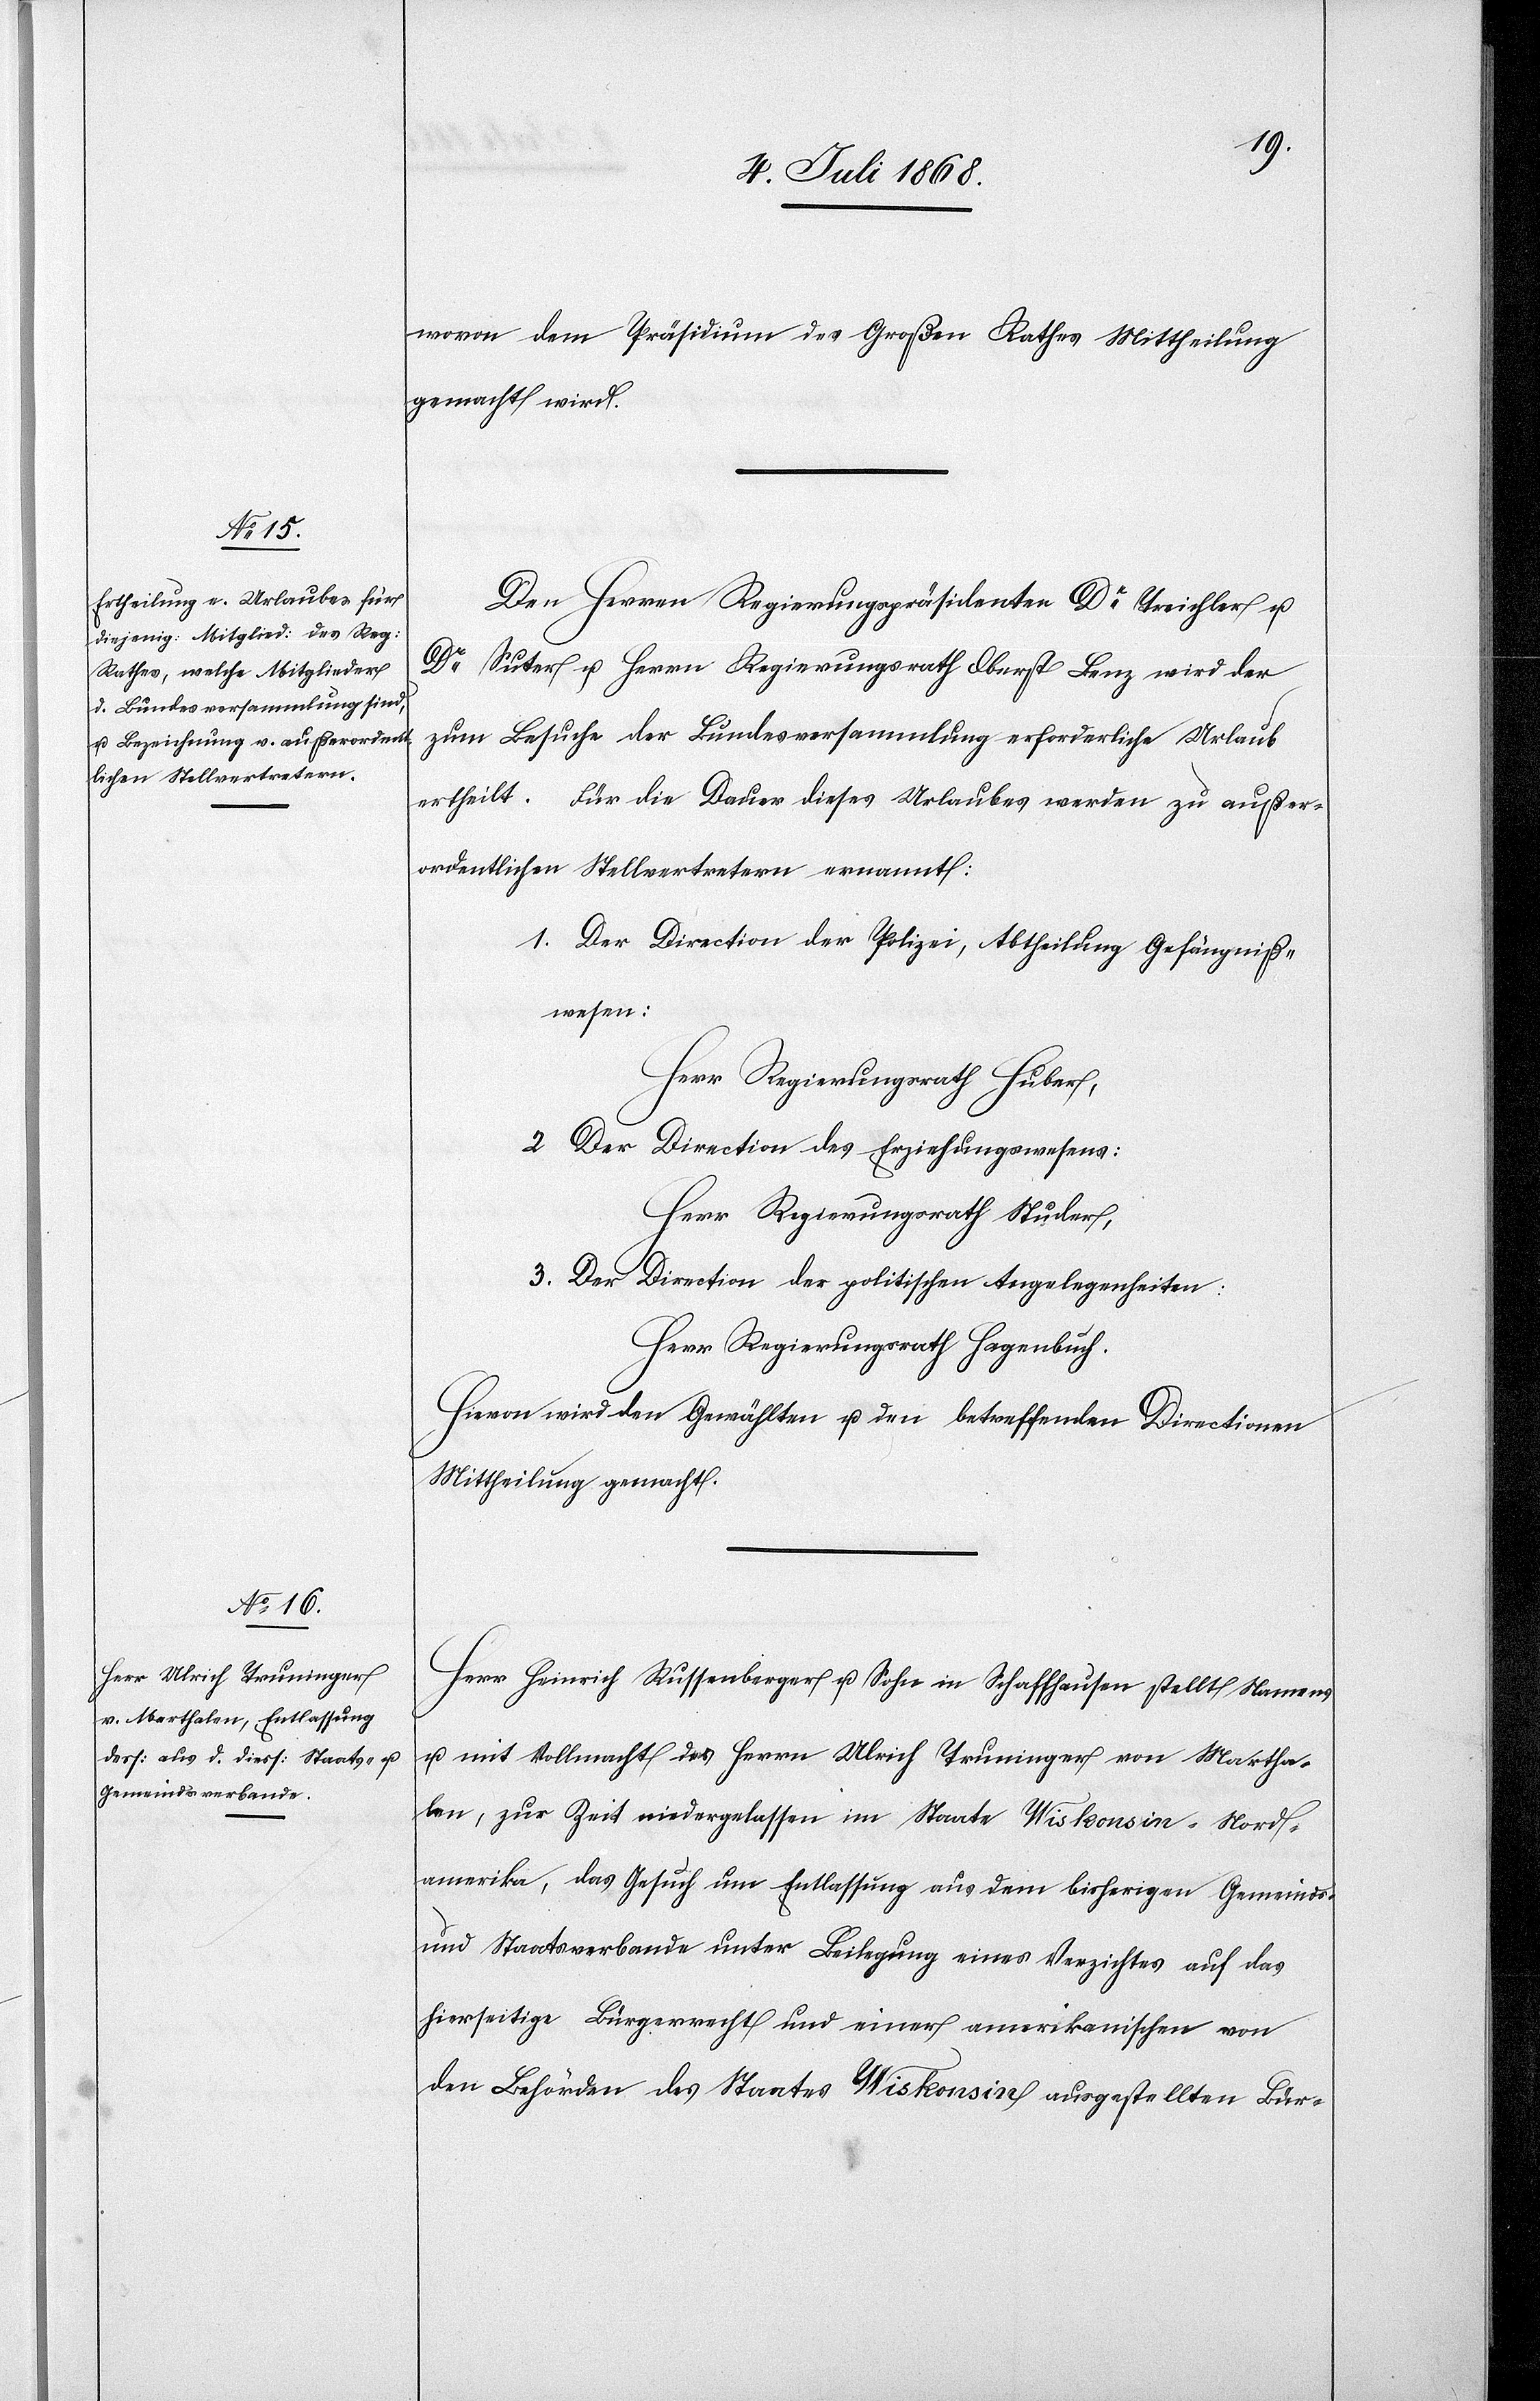
wovon dem Präsidium des Großen Rathes Mittheilung
gemacht wird.
Den Herren Regierungspräsidenten Dr Treichler u.
Dr Suter u. Herrn Regierungsrath Oberst Benz wird der
zum Besuche der Bundesversammlung erforderliche Urlaub
ertheilt. Für die Dauer dieses Urlaubes werden zu außer¬
ordentlichen Stellvertretern ernannt:
1. Der Direction der Polizei, Abtheilung Gefängniß¬
wesen:
Herr Regierungsrath Huber,
2. Der Direction des Erziehungswesens:
Herr Regierungsrath Studer,
3. Der Direction der politischen Angelegenheiten:
Herr Regierungsrath Hagenbuch.
Hievon wird den Gewählten u. den betreffenden Directionen
Mittheilung gemacht.
Herr Heinrich Russenberger u. Sohn in Schaffhausen stellt Namens
u. mit Vollmacht des Herrn Ulrich Truninger von Martha¬
len, zur Zeit niedergelassen im Staate Wiskonsin - Nord¬
amerika, das Gesuch um Entlassung aus dem bisherigen Gemeinds-
und Staatsverbande unter Beilegung eines Verzichtes auf das
hierseitige Bürgerrecht und einer amerikanischen von
den Behörden des Staates Wiskonsin ausgestellten Bür-